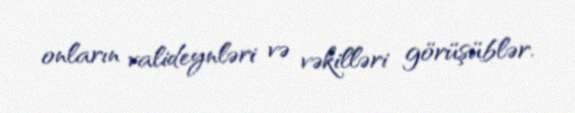
onların valideynləri və vəkilləri görüşüblər.